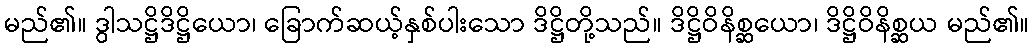
မည်၏။ ဒွါသဋ္ဌိဒိဋ္ဌိယော၊ ခြောက်ဆယ့်နှစ်ပါးသော ဒိဋ္ဌိတို့သည်။ ဒိဋ္ဌိဝိနိစ္ဆယော၊ ဒိဋ္ဌိဝိနိစ္ဆယ မည်၏။